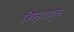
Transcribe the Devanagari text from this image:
क्रिस्‍तातुस